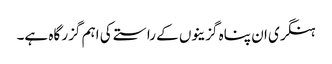
ہنگری ان پناہ گزینوں کے راستے کی اہم گزر گاہ ہے۔